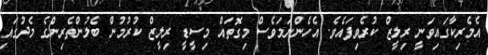
އެމެރިކާގައިވަނީ ރިލީޒް ކުރެވިފައެވެ. އެހެންނަމަވެސް މިގޮތައް މިސީޑީ ރިލީޒް ކުރުމުން ބެލުންތެރިންގެ މެދުގައި